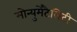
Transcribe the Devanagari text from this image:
मोन्युमेंटैलिटी